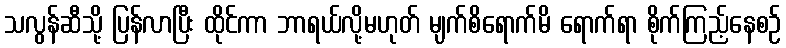
သလွန်ဆီသို့ ပြန်လာပြီး ထိုင်ကာ ဘာရယ်လို့မဟုတ် မျက်စိရောက်မိ ရောက်ရာ စိုက်ကြည့်နေစဉ်